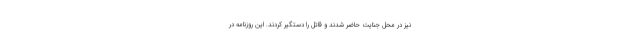
نیز در محل جنایت حاضر شدند و قاتل را دستگیر کردند. این روزنامه در